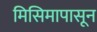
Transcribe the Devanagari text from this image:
मिसिमापासून